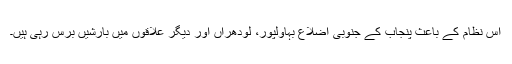
اس نظام کے باعث پنجاب کے جنوبی اضلاع بہاولپور، لودھراں اور دیگر علاقوں میں بارشیں برس رہی ہیں۔